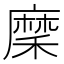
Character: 穈